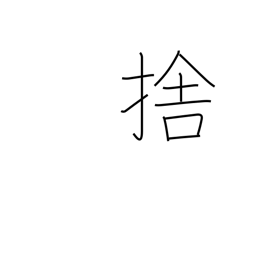
Meaning: throw away